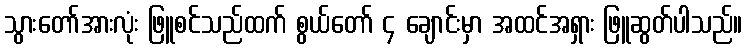
သွားတော်အားလုံး ဖြူစင်သည်ထက် စွယ်တော် ၄ ချောင်းမှာ အထင်အရှား ဖြူဆွတ်ပါသည်။